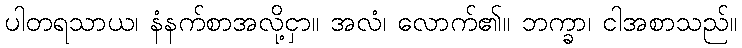
ပါတရသာယ၊ နံနက်စာအလို့ငှာ။ အလံ၊ လောက်၏။ ဘက္ခာ၊ ငါအစာသည်။